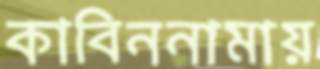
কাবিননামায়